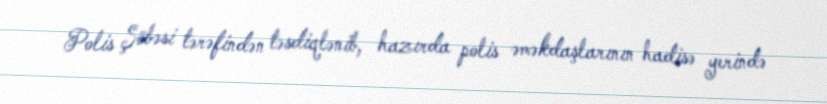
Polis Şöbəsi tərəfindən təsdiqlənib, hazırda polis əməkdaşlarının hadisə yerində